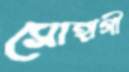
সোহাগী